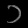
Digit: ၁